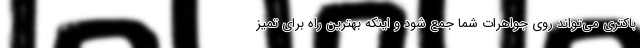
باکتری می‌تواند روی جواهرات شما جمع شود و اینکه بهترین راه برای تمیز